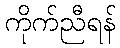
ကိုက်ညီရန်